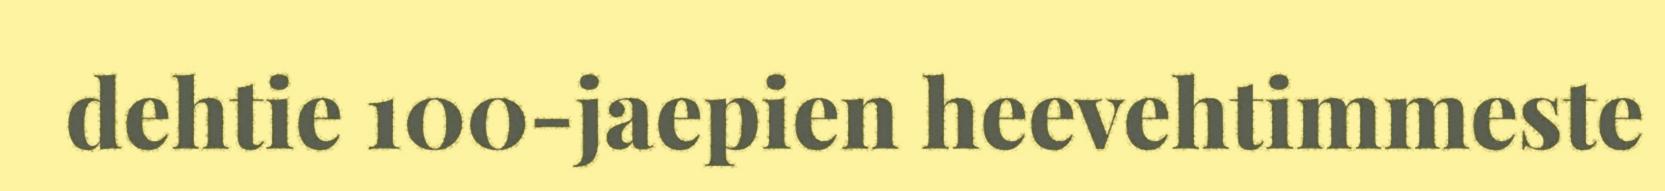
dehtie 100-jaepien heevehtimmeste